Papers set at the Examination for Leaving Certificates, 1894
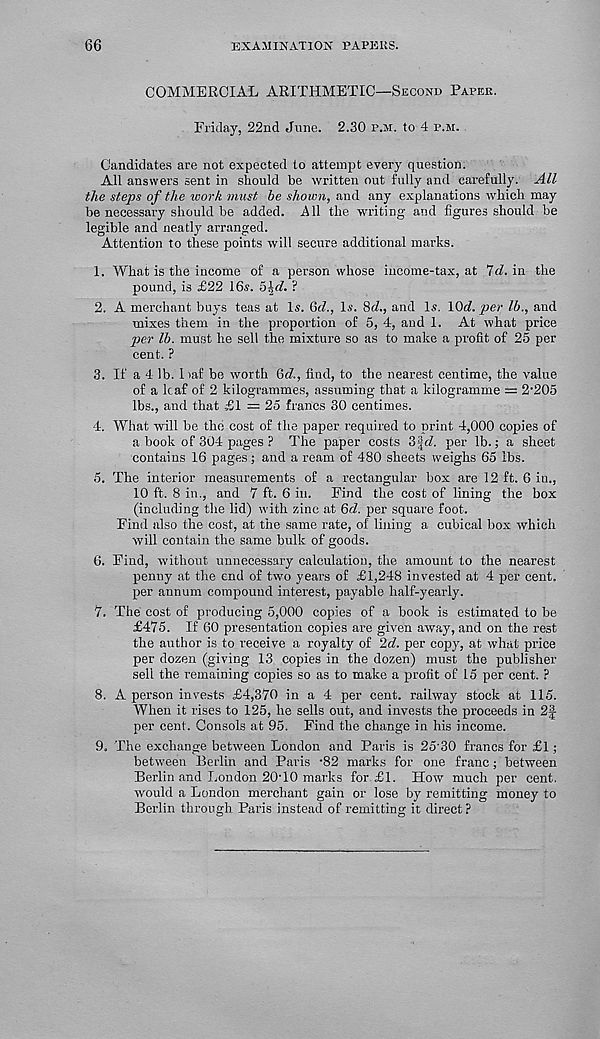
66
examination papers.
COMMERCIAL ARITHMETIC—Second Papke.
Friday, 22nd June. 2.30 p.m. to 4 p.m.
Candidates are not expected to attempt every question.
All answers sent in should be written out fully and carefully. All
the steps of the work must be shown, and any explanations which may
be necessary should be added. All the writing and figures should be
legible and neatly arranged.
Attention to these points will secure additional marks.
1. What is the income of a person whose income-tax, at 7cf. in the
pound, is £22 16.?. b\d. ?
2. A merchant buys teas at l,s. (id., Lv. 8<i., and Is. \0d. per lb., and
mixes them in the proportion of 5, 4, and 1. At what price
per lb. must he sell the mixture so as to make a profit of 25 per
cent. ?
3. If a 4 lb. liaf be worth Qd., find, to the nearest centime, the value
of a leaf of 2 kilogrammes, assuming that a kilogramme = 2’205
lbs., and that £1 = 25 francs 30 centimes.
4. What will be the cost of the paper required to print 4,000 copies of
a book of 304 pages ? The paper costs 3|J. per lb.; a sheet
contains 16 pages; and a ream of 480 sheets weighs 65 lbs.
5. The interior measurements of a rectangular box are 12 ft. 6 in.,
10 ft. 8 in., and 7 ft. 6 in. Find the cost of lining the box
(including the lid) with zinc at 6d. per square foot.
Find also the cost, at the same rate, of lining a cubical box which
will contain the same bulk of goods.
6. Find, without unnecessary calculation, the amount to the. nearest
penny at the end of two years of £1,248 invested at 4 per cent,
per annum compound interest, payable half-yearly.
7. The cost of producing 5,000 copies of a book is estimated to be
£475. If 60 presentation copies are given away, and on the rest
the author is to receive a royalty of 2d. per copy, at what price
per dozen (giving 13 copies in the dozen) must the publisher
sell the remaining copies so as to make a profit of 15 per cent. ?
8. A person invests £4,370 in a 4 per cent, railway stock at 115.
When it rises to 125, he sells out, and invests the proceeds in 2|-
per cent. Consols at 95. Find the change in his income.
9. The exchange between London and Paris is 25'30 francs for £1;
between Berlin and Paris -82 marks for one franc; between
Berlin and London 20T0 marks for £1. How much per cent,
would a London merchant gain or lose by remitting money to
Berlin through Paris instead of remitting it direct ?